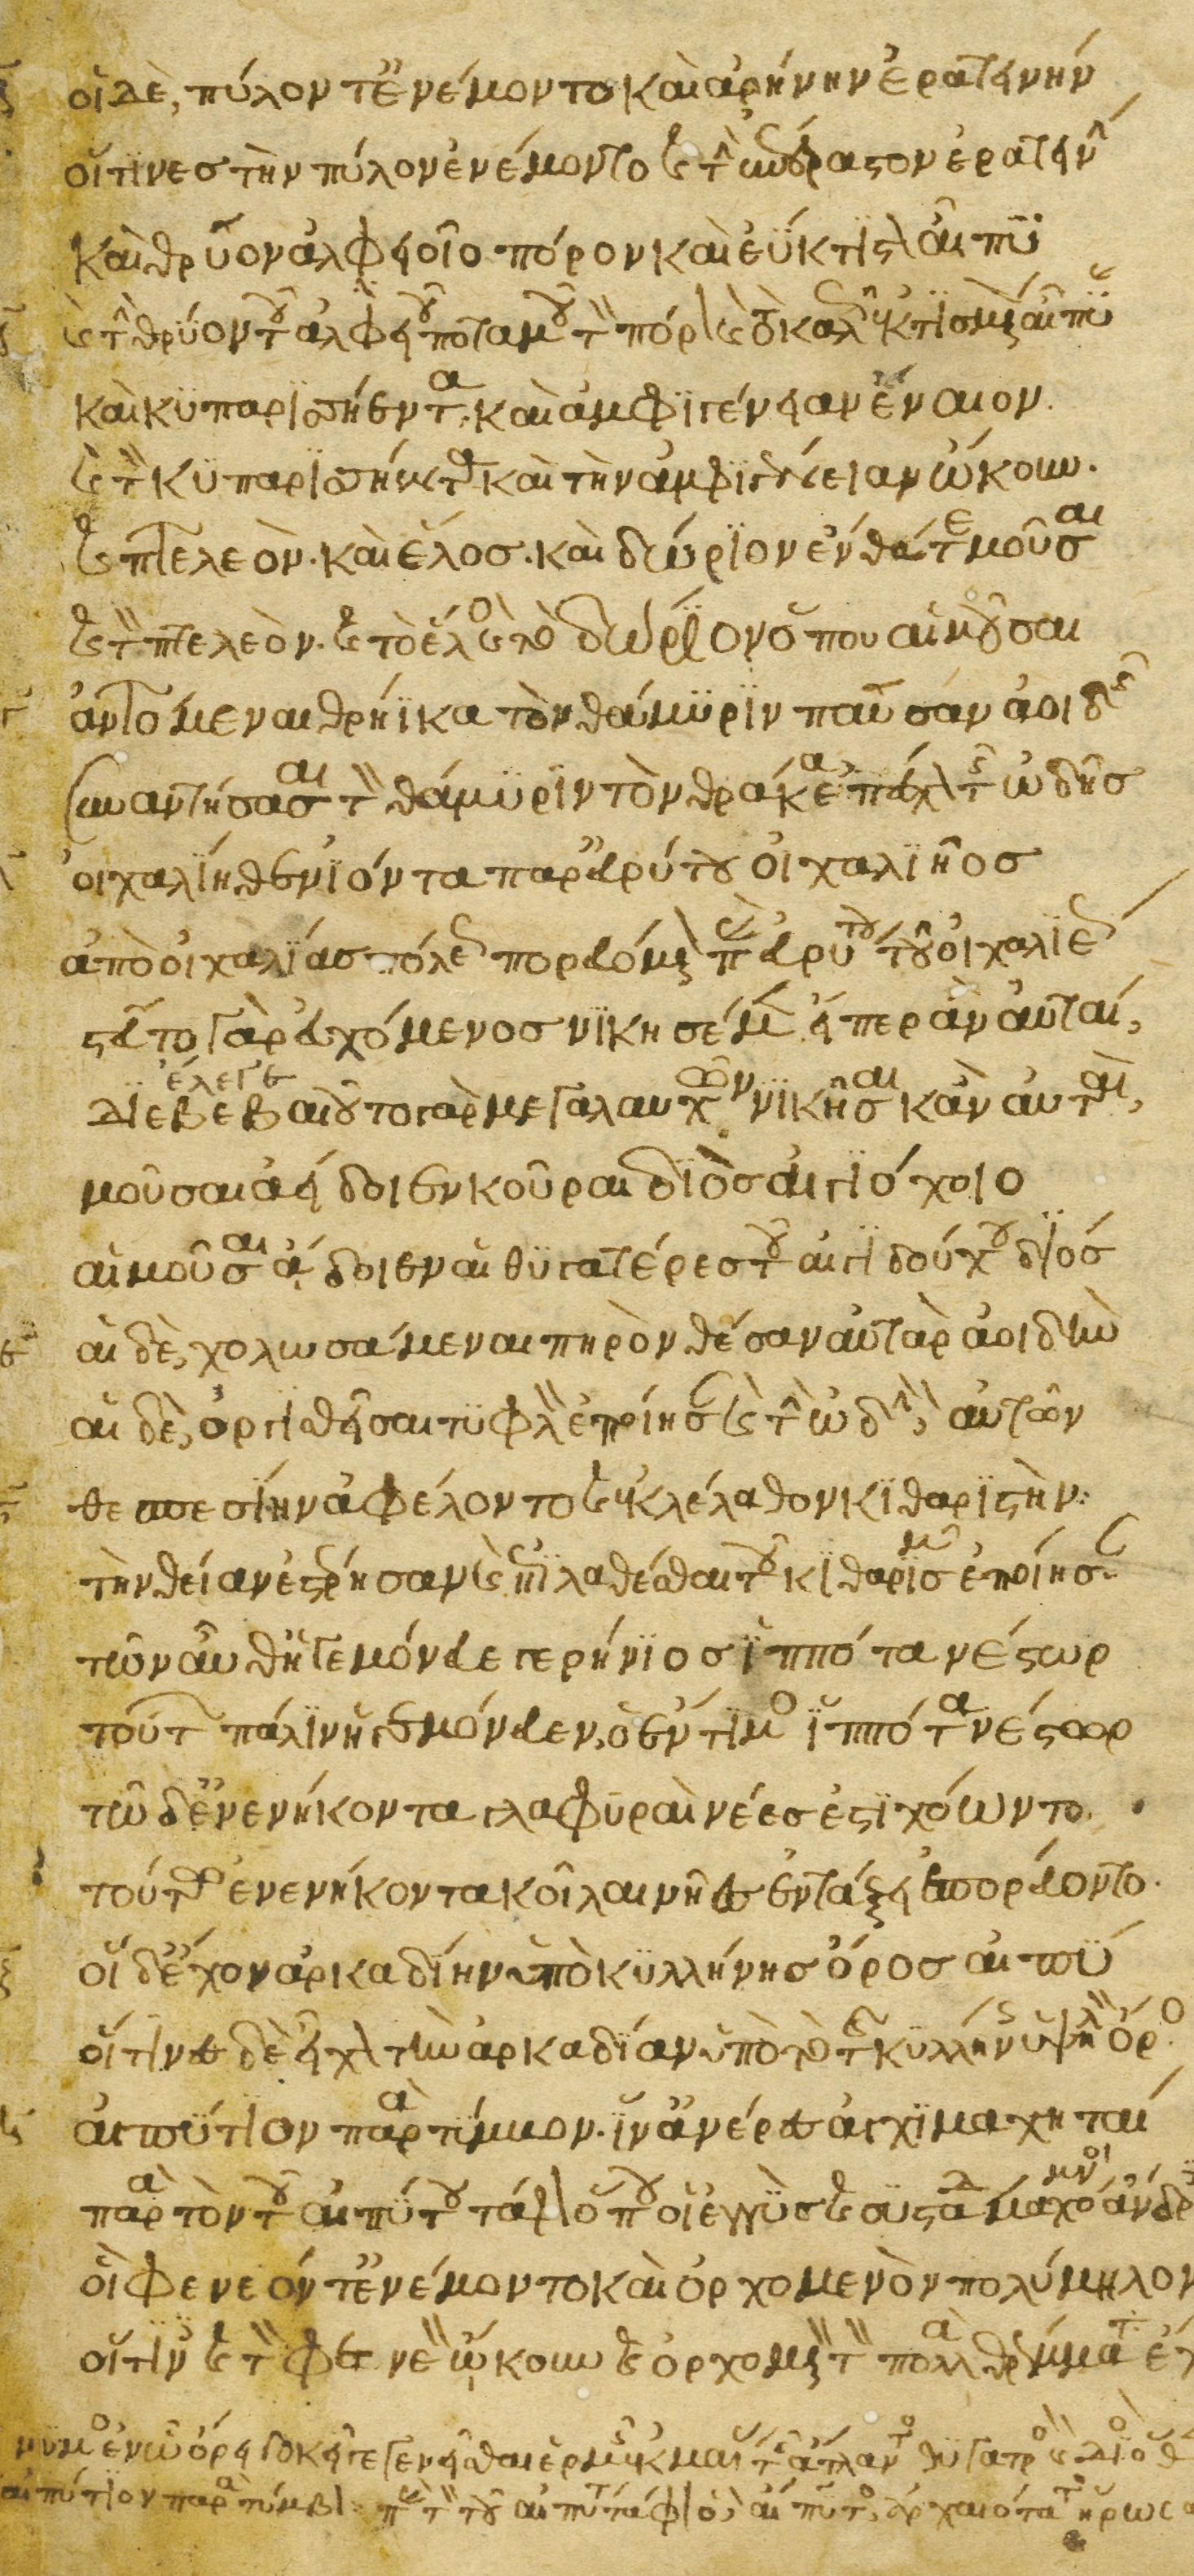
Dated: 1200–1299